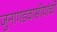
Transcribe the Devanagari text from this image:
जुनागडवासीयांची